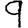
Digit: 9